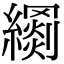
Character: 𦆢